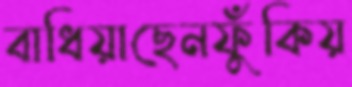
বাধিয়াছেনফুঁকিয়